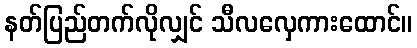
နတ်ပြည်တက်လိုလျှင် သီလလှေကားထောင်။